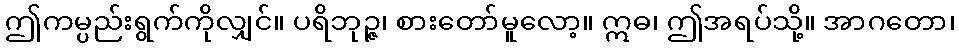
ဤကမ္ပည်းရွက်ကိုလျှင်။ ပရိဘုဉ္ဇ၊ စားတော်မူလော့။ ဣဓ၊ ဤအရပ်သို့။ အာဂတော၊